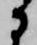
に